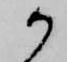
か